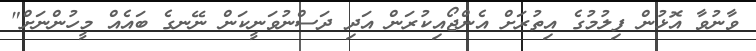
ވާނުވާ އޮޅުން ފިލުމުގެ އިތުރަށް އެންޖޯއިކުރަން އަދި ދަސްނުވަނީކަން ނޭނގެ ބައެއް މީހުންނަށް"